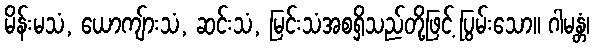
မိန်းမသံ, ယောကျ်ားသံ, ဆင်းသံ, မြင်းသံအစရှိသည်တို့ဖြင့် ပြွမ်းသော။ ဂါမန္တံ၊